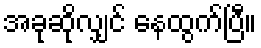
အခုဆိုလျှင် နေထွက်ပြီ။